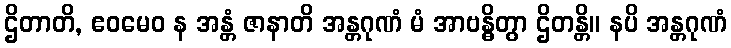
ဌိတာတိ, ဧဝမေဝ န အန္တံ ဇာနာတိ အန္တဂုဏံ မံ အာဗန္ဓိတွာ ဌိတန္တိ။ နပိ အန္တဂုဏံ